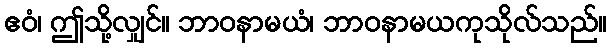
ဧဝံ၊ ဤသို့လျှင်။ ဘာဝနာမယံ၊ ဘာဝနာမယကုသိုလ်သည်။